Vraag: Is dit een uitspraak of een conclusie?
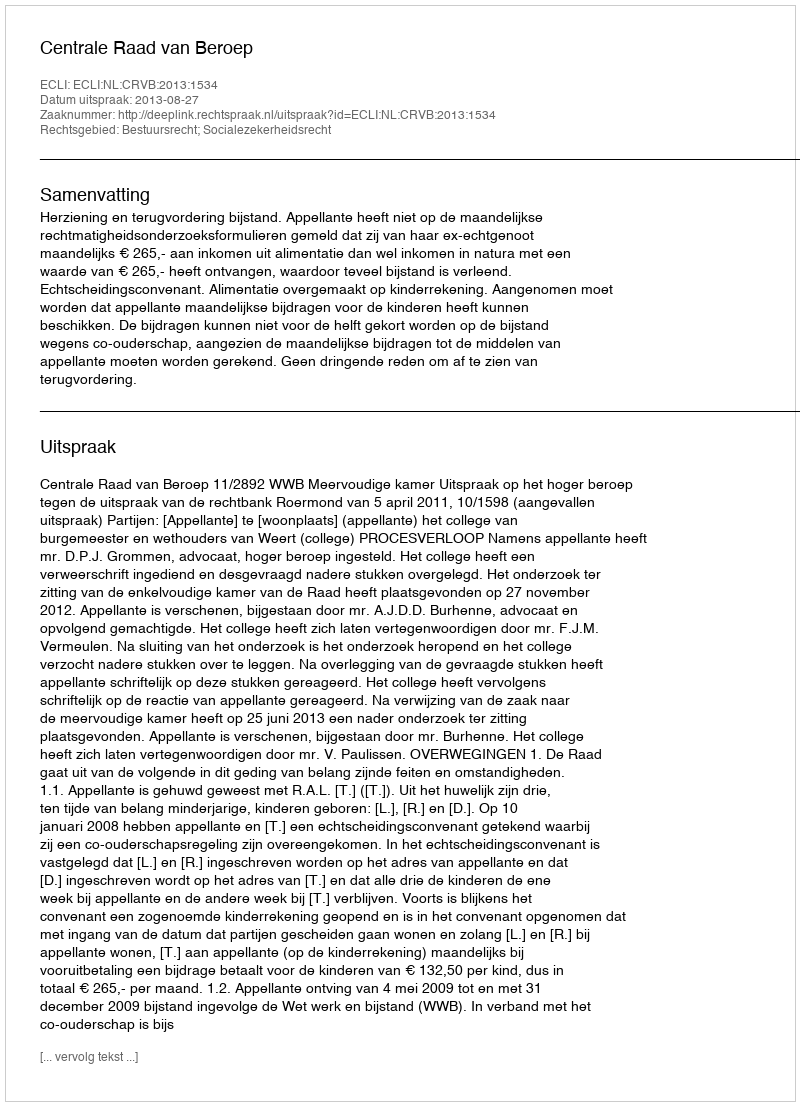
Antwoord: Uitspraak